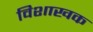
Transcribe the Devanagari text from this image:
विशाखक